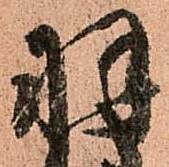
羽